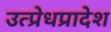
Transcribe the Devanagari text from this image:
उत्प्रेधप्रादेश